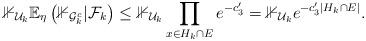
LaTeX: \begin{align*} \mathbb{1}_{\mathcal{U}_k}\mathbb{E}_\eta \left(\mathbb{1}_{\mathcal{G}_{k}^c}|\mathcal{F}_{k}\right) \leq \mathbb{1}_{\mathcal{U}_k}\prod_{x \in H_k \cap E} e^{-c_3'} = \mathbb{1}_{\mathcal{U}_k}e^{-c_3'| H_k \cap E|}. \end{align*}